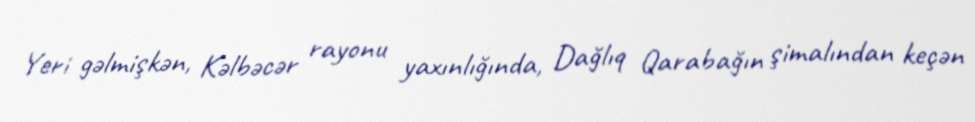
Yeri gəlmişkən, Kəlbəcər rayonu yaxınlığında, Dağlıq Qarabağın şimalından keçən